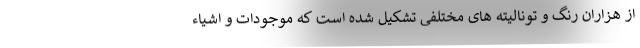
از هزاران رنگ و تونالیته های مختلفی تشکیل شده است که موجودات و اشیاء